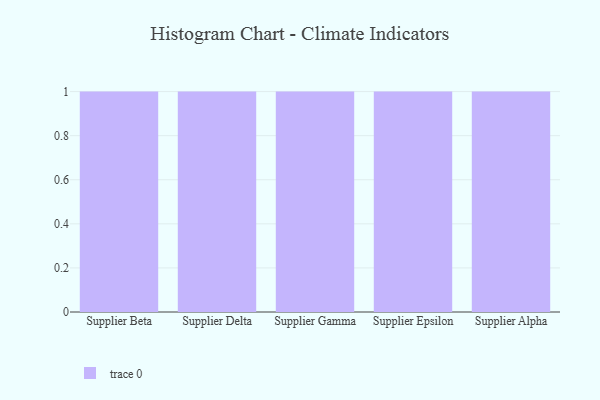
{"axis": {"x": "Supplier", "y": "Demand Index"}, "legend": [""], "data": [{"x": "Supplier Beta", "y": 77, "type": ""}, {"x": "Supplier Delta", "y": 51, "type": ""}, {"x": "Supplier Gamma", "y": 86, "type": ""}, {"x": "Supplier Epsilon", "y": 11, "type": ""}, {"x": "Supplier Alpha", "y": 73, "type": ""}]}